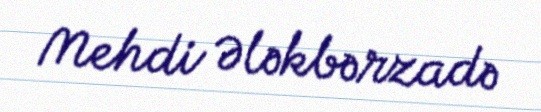
Mehdi Ələkbərzadə